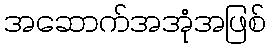
အဆောက်အအုံအဖြစ်